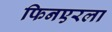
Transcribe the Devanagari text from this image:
फिनएरला